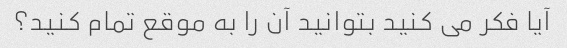
آیا فکر می کنید بتوانید آن را به موقع تمام کنید؟